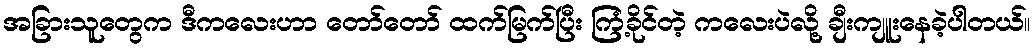
အခြားသူတွေက ဒီကလေးဟာ တော်တော် ထက်မြက်ပြီး ကြံ့ခိုင်တဲ့ ကလေးပဲလို့ ချီးကျူးနေခဲ့ပါတယ်။